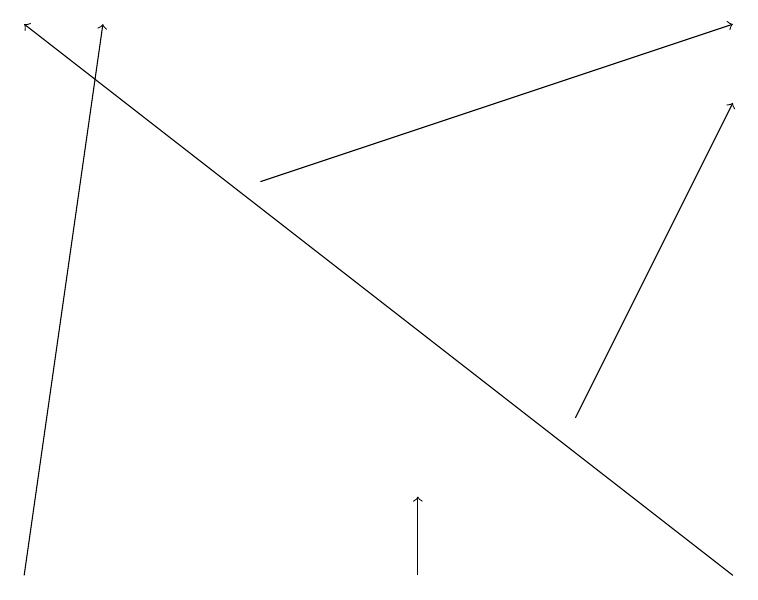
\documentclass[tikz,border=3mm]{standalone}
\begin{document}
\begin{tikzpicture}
\draw[->] (7,14) -- (9,18);
\draw[->] (5,12) -- (5,13);
\draw[->] (0,12) -- (1,19);
\draw[->] (9,12) -- (0,19);
\draw[->] (3,17) -- (9,19);
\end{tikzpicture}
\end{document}